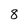
Character: 8